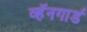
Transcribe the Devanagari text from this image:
व्हॅनगार्ड